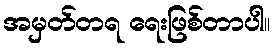
အမှတ်တရ ရေးဖြစ်တာပါ။